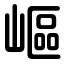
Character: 嶇